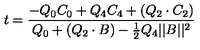
t = { \frac { - Q _ { 0 } C _ { 0 } + Q _ { 4 } C _ { 4 } + ( Q _ { 2 } \cdot C _ { 2 } ) } { Q _ { 0 } + ( Q _ { 2 } \cdot B ) - { \frac { 1 } { 2 } } Q _ { 4 } | | B | | ^ { 2 } } }